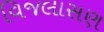
વિજલાસણ